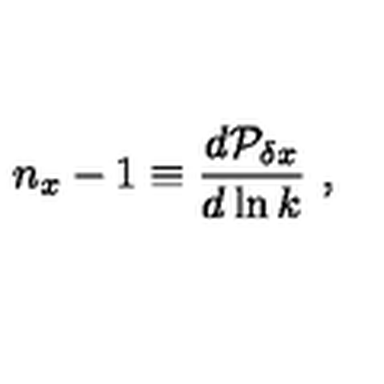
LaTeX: n _ { x } - 1 \equiv { \frac { d { \cal P } _ { \delta x } } { d \ln k } } \ ,